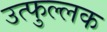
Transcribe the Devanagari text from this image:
उत्‍फुल्‍लक